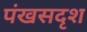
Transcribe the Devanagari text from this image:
पंखसदृश